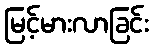
မြင့်မားလာခြင်း